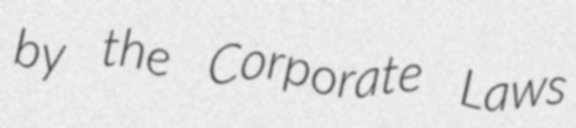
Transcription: by the Corporate Laws